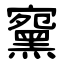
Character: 䵫